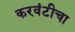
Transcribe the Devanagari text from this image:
करवंटीचा